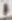
Text: 1